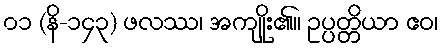
၀၁ (နိ-၁၄၃) ဖလဿ၊ အကျိုး၏။ ဥပ္ပတ္တိယာ ဧဝ၊